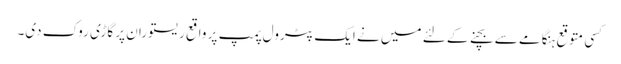
کسی متوقع ہنگامے سے بچنے کے لئے میں نے ایک پٹرول پمپ پر واقع ریستوران پر گاڑی روک دی۔